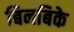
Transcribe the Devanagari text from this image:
बिनबिके